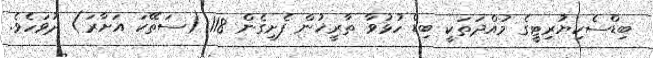
ބިޑްސެކިޔުރިޓީގެ މުއްދަތަކީ ބިޑް ހުޅުވާ ތާރީޚުން ފެށިގެން 118 (ސަތޭކަ އަށާރަ) ދުވަހެވެ.